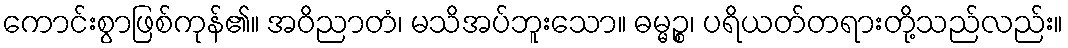
ကောင်းစွာဖြစ်ကုန်၏။ အဝိညာတံ၊ မသိအပ်ဘူးသော။ ဓမ္မဉ္စ၊ ပရိယတ်တရားတို့သည်လည်း။